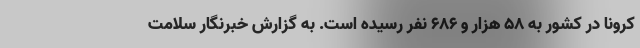
کرونا در کشور به ۵۸ هزار و ۶۸۶ نفر رسیده است. به گزارش خبرنگار سلامت